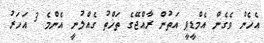
އެހެން ވެގެން އެމްޑީޕީ އަތުން ރާއްޖޭގެ ތަޚްތު ގެއްލުނީ އެންމެ 3 އަހަރު